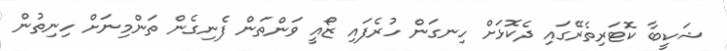
ޝަކީބާ ކޮޓަރިތެރޭގައި ދެކޮޅަށް ހިނގަން ހުރެފައި ޒޯއީ ވަންތަން ފެނިގެން ތަންމިނަށް ހިނިތުން